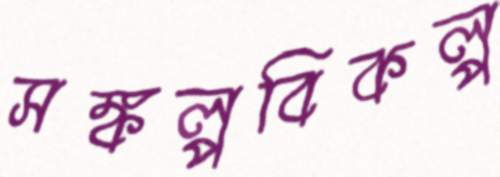
সঙ্কল্পবিকল্প